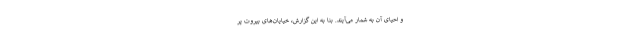
و احیای آن به شمار می‌آیند. بنا به این گزارش، خیایان‌های بیروت پر